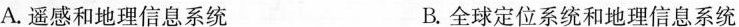
A.遥感和地理信息系统 B.全球定位系统和地理信息系统